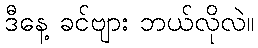
ဒီနေ့ ခင်ဗျား ဘယ်လိုလဲ။